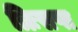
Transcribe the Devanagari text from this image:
त्रिःसप्त